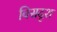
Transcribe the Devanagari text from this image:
विसदृश